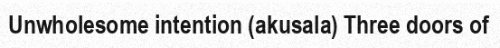
Unwholesome intention (akusala) Three doors of